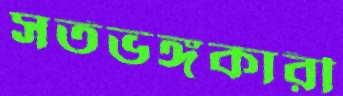
সর্তভঙ্গকারী